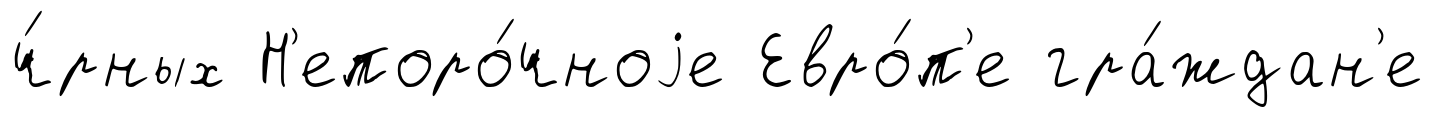
ч́рных Н'епоро́чноjе Евро́п'е гра́ждан'е